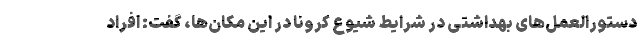
دستورالعمل‌های بهداشتی در شرایط شیوع کرونا در این مکان‌ها، گفت: افراد